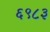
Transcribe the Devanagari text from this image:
६९८३